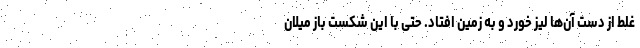
غلط از دست آن‌ها لیز خورد و به زمین افتاد. حتی با این شکست باز میلان